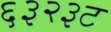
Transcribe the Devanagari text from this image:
६३२३ट